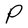
Character: P